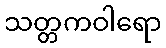
သတ္တကဝါရော